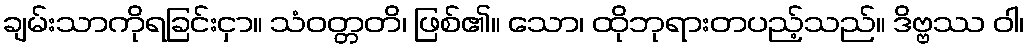
ချမ်းသာကိုရခြင်းငှာ။ သံဝတ္တတိ၊ ဖြစ်၏။ သော၊ ထိုဘုရားတပည့်သည်။ ဒိဗ္ဗဿ ဝါ၊